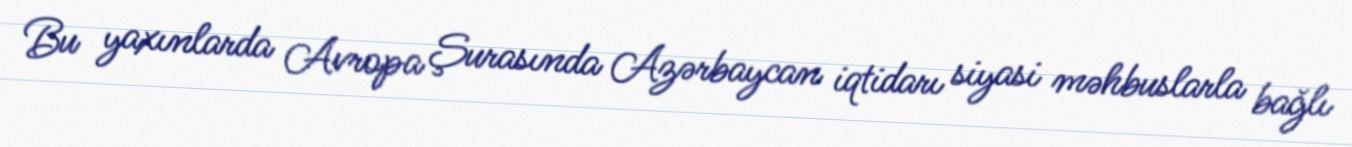
Bu yaxınlarda Avropa Şurasında Azərbaycan iqtidarı siyasi məhbuslarla bağlı